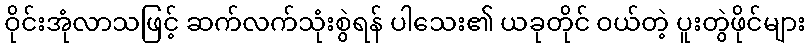
ဝိုင်းအုံလာသဖြင့် ဆက်လက်သုံးစွဲရန် ပါသေး၏ ယခုတိုင် ဝယ်တဲ့ ပူးတွဲဖိုင်များ